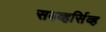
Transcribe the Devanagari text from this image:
सबव्हर्सिव्ह